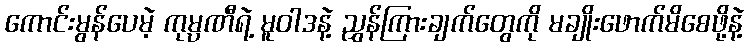
ကောင်းမွန်ပေမဲ့ ကုမ္ပဏီရဲ့ မူဝါဒနဲ့ ညွှန်ကြားချက်တွေကို မချိုးဖောက်မိစေဖို့နဲ့